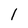
Character: I